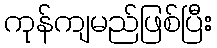
ကုန်ကျမည်ဖြစ်ပြီး